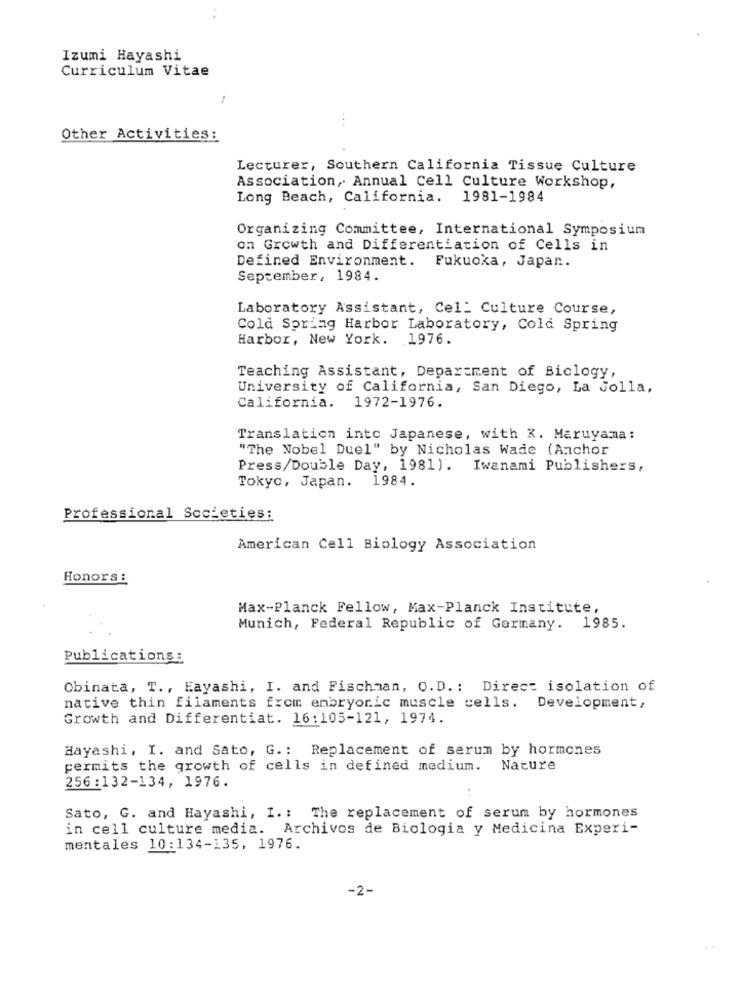
Izumi Hayashi
Curriculum Vitae
...
Other Activities:
Lecturer, Southern California Tissue Culture
Association, Annual Cell Culture Workshop,
Long Beach, California. 1981-1984
Organizing Committee, International Symposium
on Growth and Differentiation of Cells in
Defined Environment. Fukuoka, Japan ..
September, 1984.
Laboratory Assistant, Cel: Culture Course,
Cold Spring Harbor Laboratory, Cold Spring
Harbor, New York. 1976.
Teaching Assistant, Department of Biclogy,
University of California, San Diego, La Jolla,
California. 1972-1976.
Translation into Japanese, with K. Maruyama:
"The Nobel Duel" by Nicholas Wade (Anchor
Press/Double Day, 1981). Iwanami Publishers,
Tokyo, Japan. 1984.
Professional Societies;
American Cell Biology Association
Honors :
Max-Planck Fellow, Max-Planck Institute,
Munich, Federal Republic of Germany. 1985.
Publications :
Obinata, T ., Eayashi, I. and Fischman, O.D. : Direct isolation of
native thin filaments from embryonic muscle cells.
Development,
Growth and Differentiat. 16:105-121, 1974.
Hayashi, I. and Sato, G .: Replacement of serum by hormones
permits the growth of cells in defined medium.
Nature
256:132-134, 1976.
Sato, G. and Hayashi, I .: The replacement of serum by hormones
in cell culture media. Archivos de Biologia y Medicina Experi-
mentales 10:134-135, 1976.
-2-